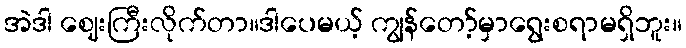
အဲဒါ ဈေးကြီးလိုက်တာ။ဒါပေမယ့် ကျွန်တော့်မှာရွေးစရာမရှိဘူး။